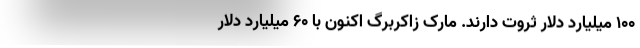
۱۰۰ میلیارد دلار ثروت دارند. مارک زاکربرگ اکنون با ۶۰ میلیارد دلار